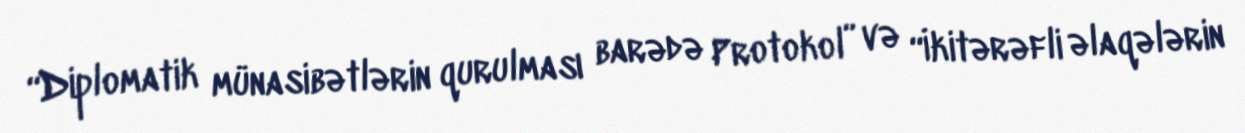
“Diplomatik münasibətlərin qurulması barədə Protokol” və “İkitərəfli əlaqələrin